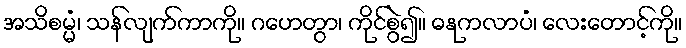
အသိစမ္မံ၊ သန်လျက်ကာကို။ ဂဟေတွာ၊ ကိုင်စွဲ၍။ ဓနုကလာပံ၊ လေးတောင့်ကို။